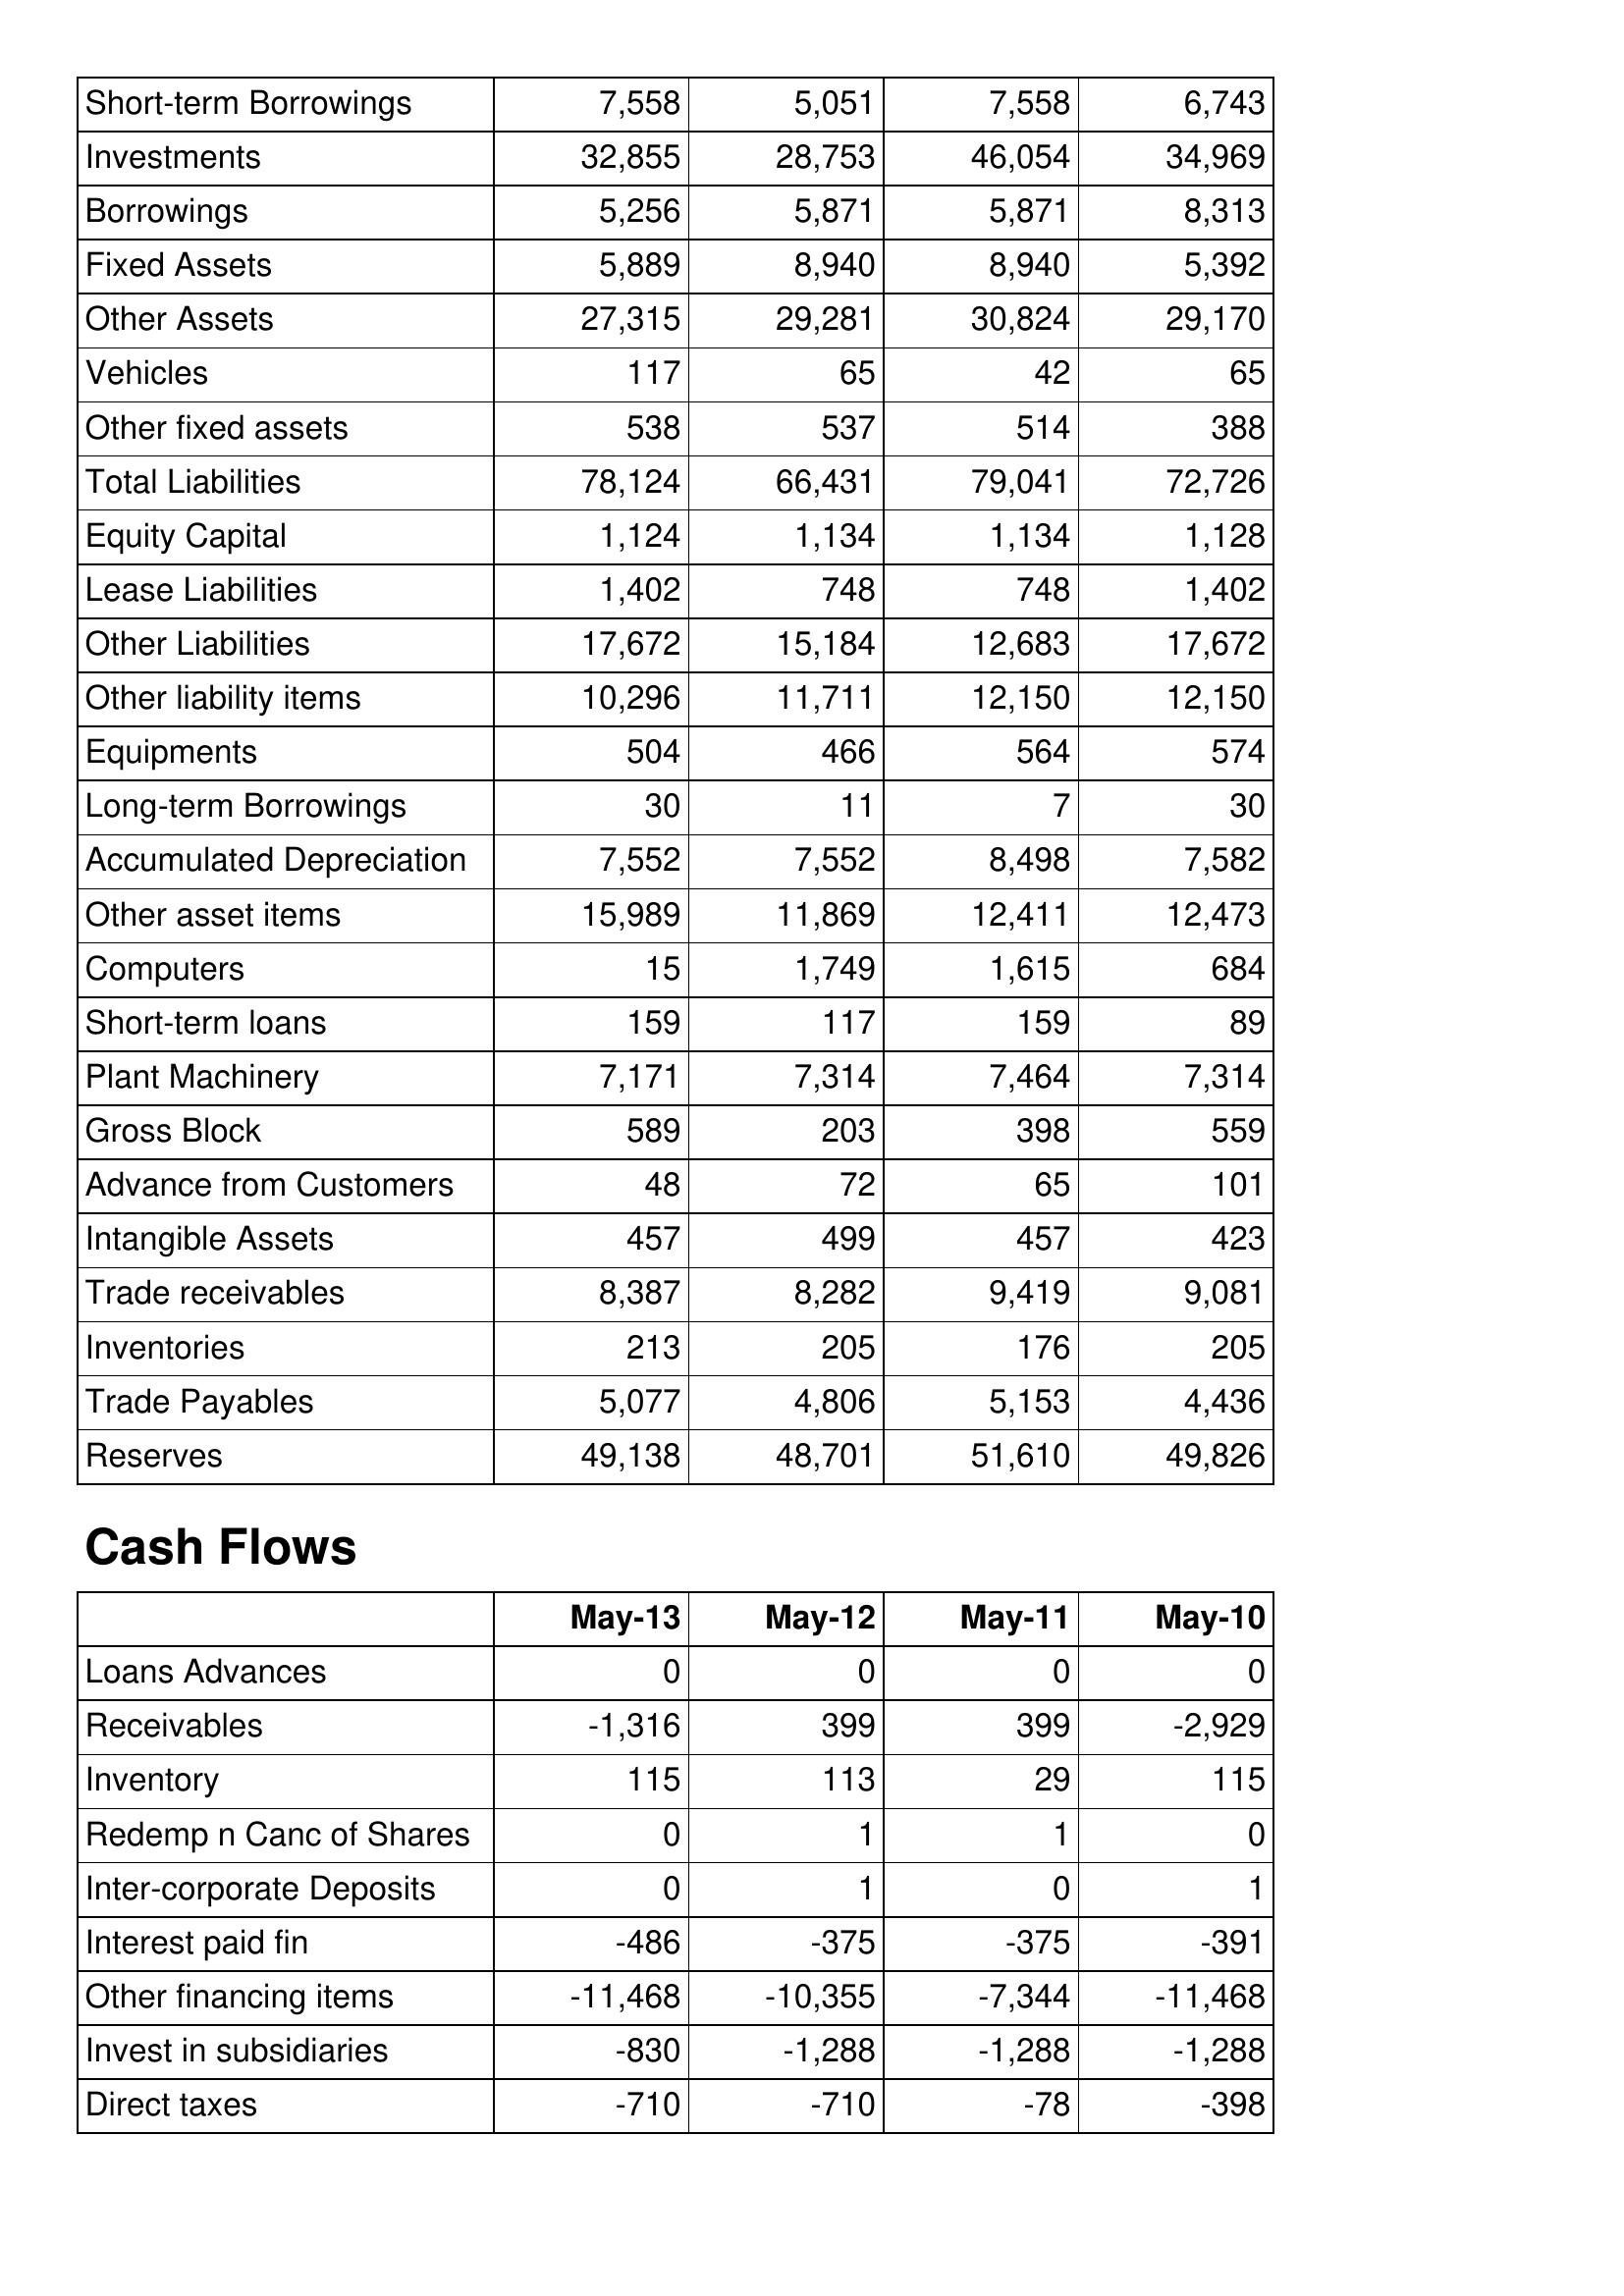
May-13: Balance Sheet: Short-term Borrowings: 7,558
Investments: 32,855
Borrowings: 5,256
Fixed Assets: 5,889
Other Assets: 27,315
Vehicles: 117
Other fixed assets: 538
Total Liabilities: 78,124
Equity Capital: 1,124
Lease Liabilities: 1,402
Other Liabilities: 17,672
Other liability items: 10,296
Equipments: 504
Long-term Borrowings: 30
Accumulated Depreciation: 7,552
Other asset items: 15,989
Computers: 15
Short-term loans: 159
Plant Machinery: 7,171
Gross Block: 589
Advance from Customers: 48
Intangible Assets: 457
Trade receivables: 8,387
Inventories: 213
Trade Payables: 5,077
Reserves: 49,138
Cash Flows: Loans Advances: 0
Receivables: -1,316
Inventory: 115
Redemp n Canc of Shares: 0
Inter-corporate Deposits: 0
Interest paid fin: -486
Other financing items: -11,468
Invest in subsidiaries: -830
Direct taxes: -710
May-12: Balance Sheet: Short-term Borrowings: 5,051
Investments: 28,753
Borrowings: 5,871
Fixed Assets: 8,940
Other Assets: 29,281
Vehicles: 65
Other fixed assets: 537
Total Liabilities: 66,431
Equity Capital: 1,134
Lease Liabilities: 748
Other Liabilities: 15,184
Other liability items: 11,711
Equipments: 466
Long-term Borrowings: 11
Accumulated Depreciation: 7,552
Other asset items: 11,869
Computers: 1,749
Short-term loans: 117
Plant Machinery: 7,314
Gross Block: 203
Advance from Customers: 72
Intangible Assets: 499
Trade receivables: 8,282
Inventories: 205
Trade Payables: 4,806
Reserves: 48,701
Cash Flows: Loans Advances: 0
Receivables: 399
Inventory: 113
Redemp n Canc of Shares: 1
Inter-corporate Deposits: 1
Interest paid fin: -375
Other financing items: -10,355
Invest in subsidiaries: -1,288
Direct taxes: -710
May-11: Balance Sheet: Short-term Borrowings: 7,558
Investments: 46,054
Borrowings: 5,871
Fixed Assets: 8,940
Other Assets: 30,824
Vehicles: 42
Other fixed assets: 514
Total Liabilities: 79,041
Equity Capital: 1,134
Lease Liabilities: 748
Other Liabilities: 12,683
Other liability items: 12,150
Equipments: 564
Long-term Borrowings: 7
Accumulated Depreciation: 8,498
Other asset items: 12,411
Computers: 1,615
Short-term loans: 159
Plant Machinery: 7,464
Gross Block: 398
Advance from Customers: 65
Intangible Assets: 457
Trade receivables: 9,419
Inventories: 176
Trade Payables: 5,153
Reserves: 51,610
Cash Flows: Loans Advances: 0
Receivables: 399
Inventory: 29
Redemp n Canc of Shares: 1
Inter-corporate Deposits: 0
Interest paid fin: -375
Other financing items: -7,344
Invest in subsidiaries: -1,288
Direct taxes: -78
May-10: Balance Sheet: Short-term Borrowings: 6,743
Investments: 34,969
Borrowings: 8,313
Fixed Assets: 5,392
Other Assets: 29,170
Vehicles: 65
Other fixed assets: 388
Total Liabilities: 72,726
Equity Capital: 1,128
Lease Liabilities: 1,402
Other Liabilities: 17,672
Other liability items: 12,150
Equipments: 574
Long-term Borrowings: 30
Accumulated Depreciation: 7,582
Other asset items: 12,473
Computers: 684
Short-term loans: 89
Plant Machinery: 7,314
Gross Block: 559
Advance from Customers: 101
Intangible Assets: 423
Trade receivables: 9,081
Inventories: 205
Trade Payables: 4,436
Reserves: 49,826
Cash Flows: Loans Advances: 0
Receivables: -2,929
Inventory: 115
Redemp n Canc of Shares: 0
Inter-corporate Deposits: 1
Interest paid fin: -391
Other financing items: -11,468
Invest in subsidiaries: -1,288
Direct taxes: -398